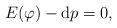
LaTeX: \begin{align*}E(\varphi)-\mathrm{d}p=0,\end{align*}